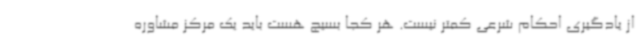
از یادگیری ‌احکام شرعی کمتر نیست. هر کجا بسیج هست باید یک مرکز مشاوره